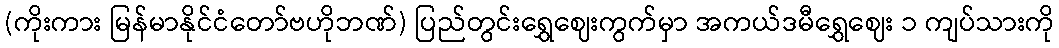
(ကိုးကား မြန်မာနိုင်ငံတော်ဗဟိုဘဏ်) ပြည်တွင်းရွှေဈေးကွက်မှာ အကယ်ဒမီရွှေဈေး ၁ ကျပ်သားကို